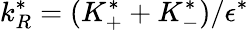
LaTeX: k_{R}^{*}=(K_{+}^{*}+K_{-}^{*})/\epsilon^{*}